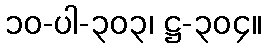
၁၀-ပါ-၃၀၃၊ ဋ္ဌ-၃၀၄။